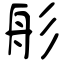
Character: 䑣